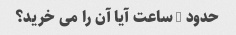
حدود 1 ساعت آیا آن را می خرید؟